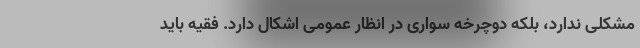
مشکلی ندارد، بلکه دوچرخه سواری در انظار عمومی اشکال دارد. فقیه باید